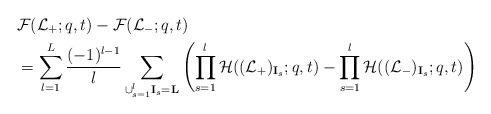
LaTeX: \begin{align*}&\mathcal{F}(\mathcal{L}_+;q,t)-\mathcal{F}(\mathcal{L}_-;q,t)\\&=\sum_{l=1}^{L}\frac{(-1)^{l-1}}{l}\sum_{\cup_{s=1}^l \mathbf{I}_s=\mathbf{L}}\left(\prod_{s=1}^l\mathcal{H}((\mathcal{L}_+)_{\mathbf{I}_s};q,t)-\prod_{s=1}^l\mathcal{H}((\mathcal{L}_-)_{\mathbf{I}_s};q,t)\right)\end{align*}